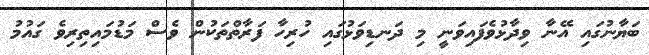
ބަޔާނުގައި އޭނާ ވިދާޅުވެފައިވަނީ މި ދަނޑިވަޅުގައި ހުރިހާ ފަރާތްތަކުން ވެސް މަޑުމައިތިރިވެ ގައުމު